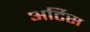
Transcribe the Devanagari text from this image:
अर्टिस